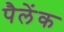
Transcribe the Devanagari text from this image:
पैलेंक